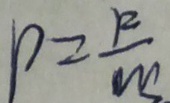
p = \frac { F } { W }